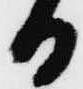
日